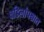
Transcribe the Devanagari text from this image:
वडिलांपश्चात